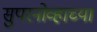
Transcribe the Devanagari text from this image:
सुपरनोव्हाच्या